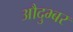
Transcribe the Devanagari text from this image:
औदुभ्बर